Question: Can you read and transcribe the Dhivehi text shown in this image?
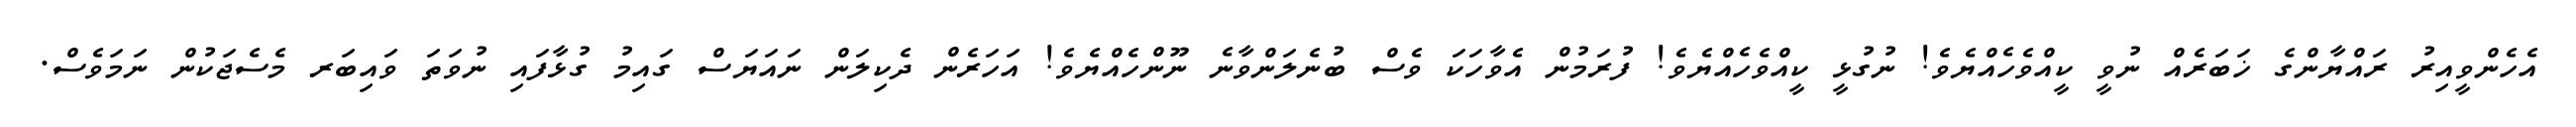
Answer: އެހެންވީއިރު ރައްޔާންގެ ޚަބަރެއް ނުވީ ކީއްވެހެއްޔެވެ! ނުގުޅީ ކީއްވެހެއްޔެވެ! ފުރަމުން އެވާހަކަ ވެސް ބުނެލަންވާނެ ނޫންހެއްޔެވެ! އަހަރެން ދެކިލަން ނައަޔަސް ގައިމު ގުޅާފައި ނުވަތަ ވައިބަރ މެސެޖަކުން ނަމަވެސް.